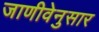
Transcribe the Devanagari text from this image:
जाणीवेनुसार